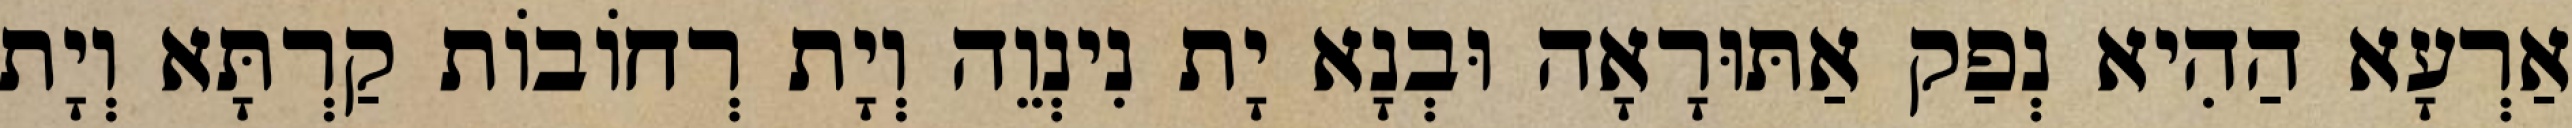
אַרְעָא הַהִיא נְפַק אַתּוּרָאָה וּבְנָא יָת נִינְוֵה וְיָת רְחוֹבוֹת קַרְתָּא וְיָת